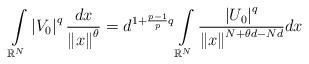
LaTeX: \begin{align*}\int\limits_{\mathbb{R}^{N}}\left\vert V_{0}\right\vert ^{q}\frac{dx}{\left\Vert x\right\Vert^{\theta}}=d^{1+\frac{p-1}{p}q}\int\limits_{\mathbb{R}^{N}}\frac{\left\vert U_{0}\right\vert ^{q}}{\left\Vert x\right\Vert^{N+\theta d-Nd}}dx\end{align*}